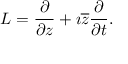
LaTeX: L = { \frac { \partial } { \partial z } } + \imath { \overline { { z } } } { \frac { \partial } { \partial t } } .